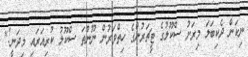
ނިކަން ދެކިބަލަ މިރަށު ސްކޫލުގެ ޓީޗަރުންގެ ހިތްވަރުން ނޫންތަ ސްކޫލު ކުރިއަރައި މިދަނީ!"